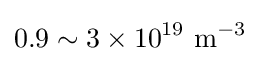
0.9\sim 3\times 10^{19}\ {\text{m}}^{-3}